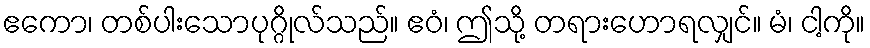
ဧကော၊ တစ်ပါးသောပုဂ္ဂိုလ်သည်။ ဧဝံ၊ ဤသို့ တရားဟောရလျှင်။ မံ၊ ငါ့ကို။